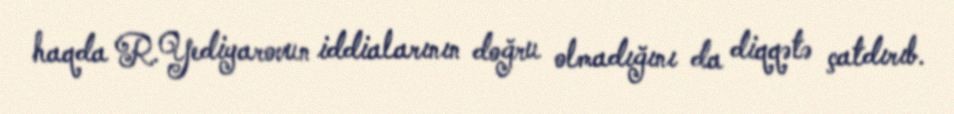
haqda R.Yediyarovun iddialarının doğru olmadığını da diqqətə çatdırıb.